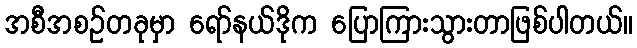
အစီအစဉ်တခုမှာ ရော်နယ်ဒိုက ပြောကြားသွားတာဖြစ်ပါတယ်။